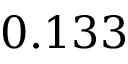
0 . 1 3 3